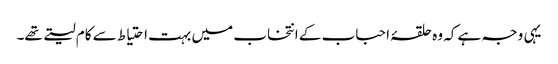
یہی وجہ ہے کہ وہ حلقۂ احباب کے انتخاب میں بہت احتیاط سے کام لیتے تھے۔